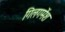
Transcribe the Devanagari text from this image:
गिलगमेंश